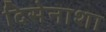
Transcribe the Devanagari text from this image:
दिसेनाशा